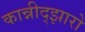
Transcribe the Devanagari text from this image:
कान्नीद्झारो